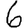
Digit: 6